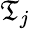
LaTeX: \mathfrak{T}_{j}